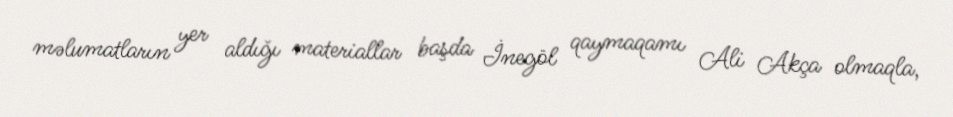
məlumatların yer aldığı materiallar başda İnegöl qaymaqamı Ali Akça olmaqla,